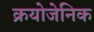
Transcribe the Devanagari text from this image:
क्रयोजेनिक